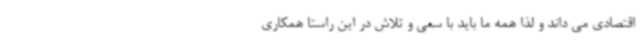
اقتصادی می داند و لذا همه ما باید با سعی و تلاش در این راستا همکاری